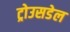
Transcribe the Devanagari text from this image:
ट्रोउसडेल